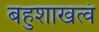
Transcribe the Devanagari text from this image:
बहुशाखत्वं